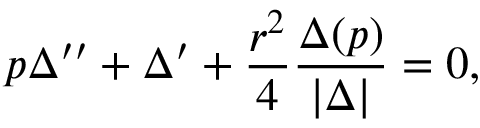
p \Delta ^ { \prime \prime } + \Delta ^ { \prime } + { \frac { r ^ { 2 } } { 4 } } { \frac { \Delta ( p ) } { | \Delta | } } = 0 ,